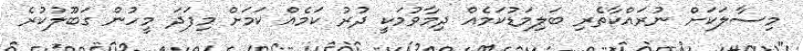
މިސާލަކަށް ނުރައްކާތެރި ބަލިމަޑުކަމެއް ދިމާވުމަކީ ދުރު ކަމެއް ކަމަށް މިފަދަ މީހުން ގަބޫލުކުރެ